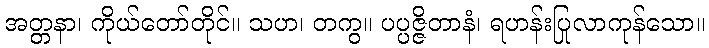
အတ္တနာ၊ ကိုယ်တော်တိုင်။ သဟ၊ တကွ။ ပပ္ပဇ္ဇိတာနံ၊ ရဟန်းပြုလာကုန်သော။